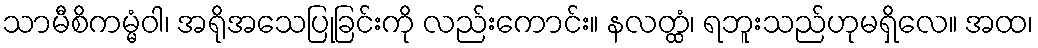
သာမီစိကမ္မံဝါ၊ အရိုအသေပြုခြင်းကို လည်းကောင်း။ နလတ္ထံ၊ ရဘူးသည်ဟုမရှိလေ။ အထ၊